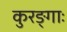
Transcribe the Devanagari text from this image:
कुरङ्गाः